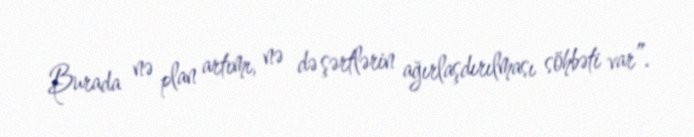
Burada nə plan artımı, nə də şərtlərin ağırlaşdırılması söhbəti var”.